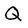
Character: Q